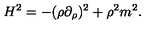
H ^ { 2 } = - ( \rho \partial _ { \rho } ) ^ { 2 } + \rho ^ { 2 } m ^ { 2 } .